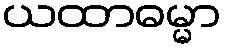
ယထာဓမ္မာ